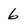
Character: 6